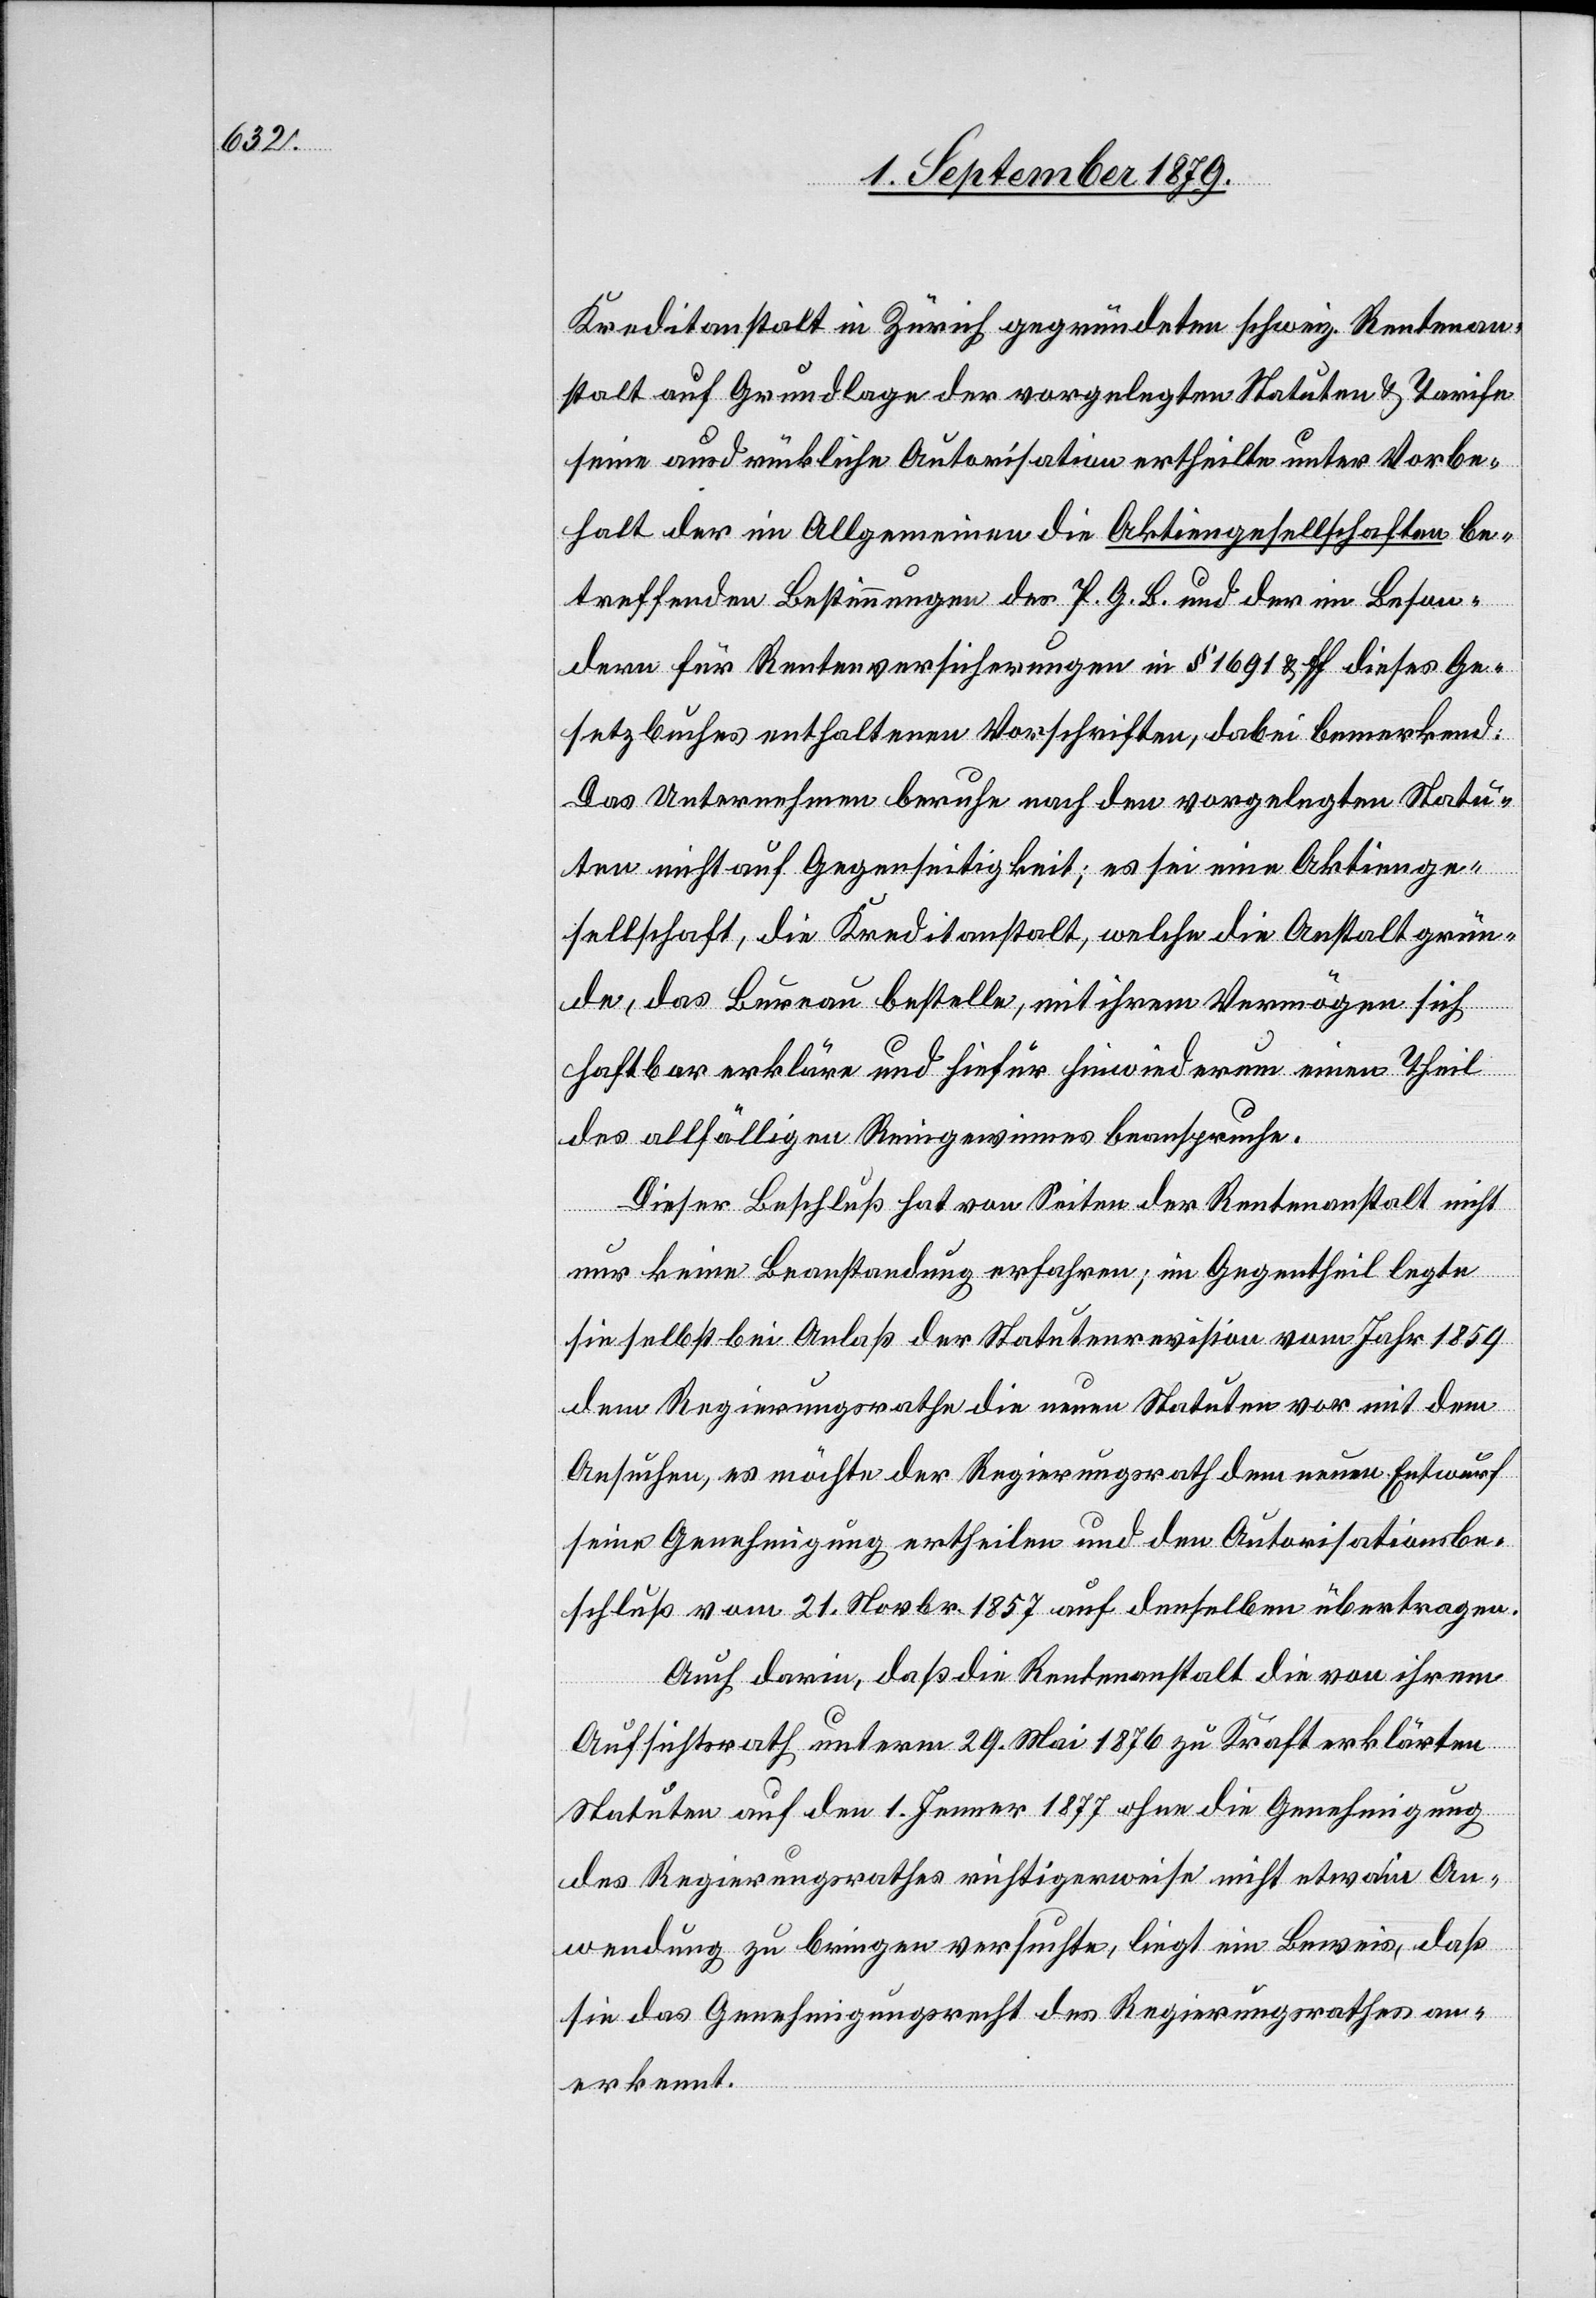
Kreditanstalt in Zürich gegründeten schweiz. Rentenan¬
stalt auf Grundlage der vorgelegten Statuten & Tarife
seine ausdrückliche Autorisation ertheilte unter Vorbe¬
halt der im Allgemeinen die Aktiengesellschaften be¬
treffenden Bestimmungen des P. G. B. und der im Beson¬
dern für Rentenversicherungen in § 1691 & ff dieses Ge¬
setzbuches enthaltenen Vorschriften, dabei bemerkend:
Das Unternehmen beruhe nach den vorgelegten Statu¬
ten nicht auf Gegenseitigkeit; es sei eine Aktienge¬
sellschaft, die Kreditanstalt, welche die Anstalt grün¬
de, das Bureau bestelle, mit ihrem Vermögen sich
haftbar erkläre und hiefür hiewiederum einen Theil
des allfälligen Reingewinnes beanspruche.
Dieser Beschluß hat von Seiten der Rentenanstalt nicht
nur keine Beanstandung erfahren; im Gegentheil legte
sie selbst bei Anlaß der Statutenrevision vom Jahr 1859
dem Regierungsrathe die neuen Statuten vor mit dem
Ansuchen, es möchte der Regierungsrath dem neuen Entwurf
seine Genehmigung ertheilen und den Autorisationsbe¬
schluß vom 21. Novbr. 1857 auf denselben übertragen.
Auch darin, daß die Rentenanstalt die von ihrem
Aufsichtsrath unterm 29. Mai 1876 zu Kraft erklärten
Statuten auf den 1. Jenner 1877 ohne die Genehmigung
des Regierungsrathes richtigerweise nicht etwa in An¬
wendung zu bringen versuchte, liegt ein Beweis, daß
sie das Genehmigungsrecht des Regierungsrathes an¬
erkennt.